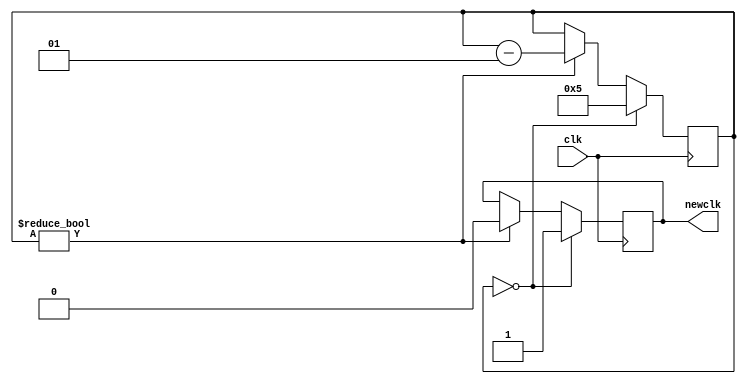
module ClkDiv60(
  output newclk,
  input clk
);

integer div = 5;
reg newclk = 0;

always @(posedge clk) 
begin
  if (div != 0)
  begin
    newclk <= 0;
    div <= div - 1;
  end
  if (div == 0)
  begin
    div <= 5;
    newclk <= 1;
  end
  end
endmodule